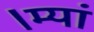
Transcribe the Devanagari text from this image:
।म्यां